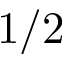
1 / 2